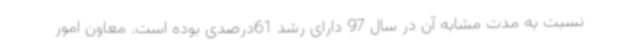
نسبت به مدت مشابه آن در سال 97 دارای رشد 61درصدی بوده است. معاون امور